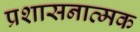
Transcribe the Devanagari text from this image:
प्रशासनात्मक